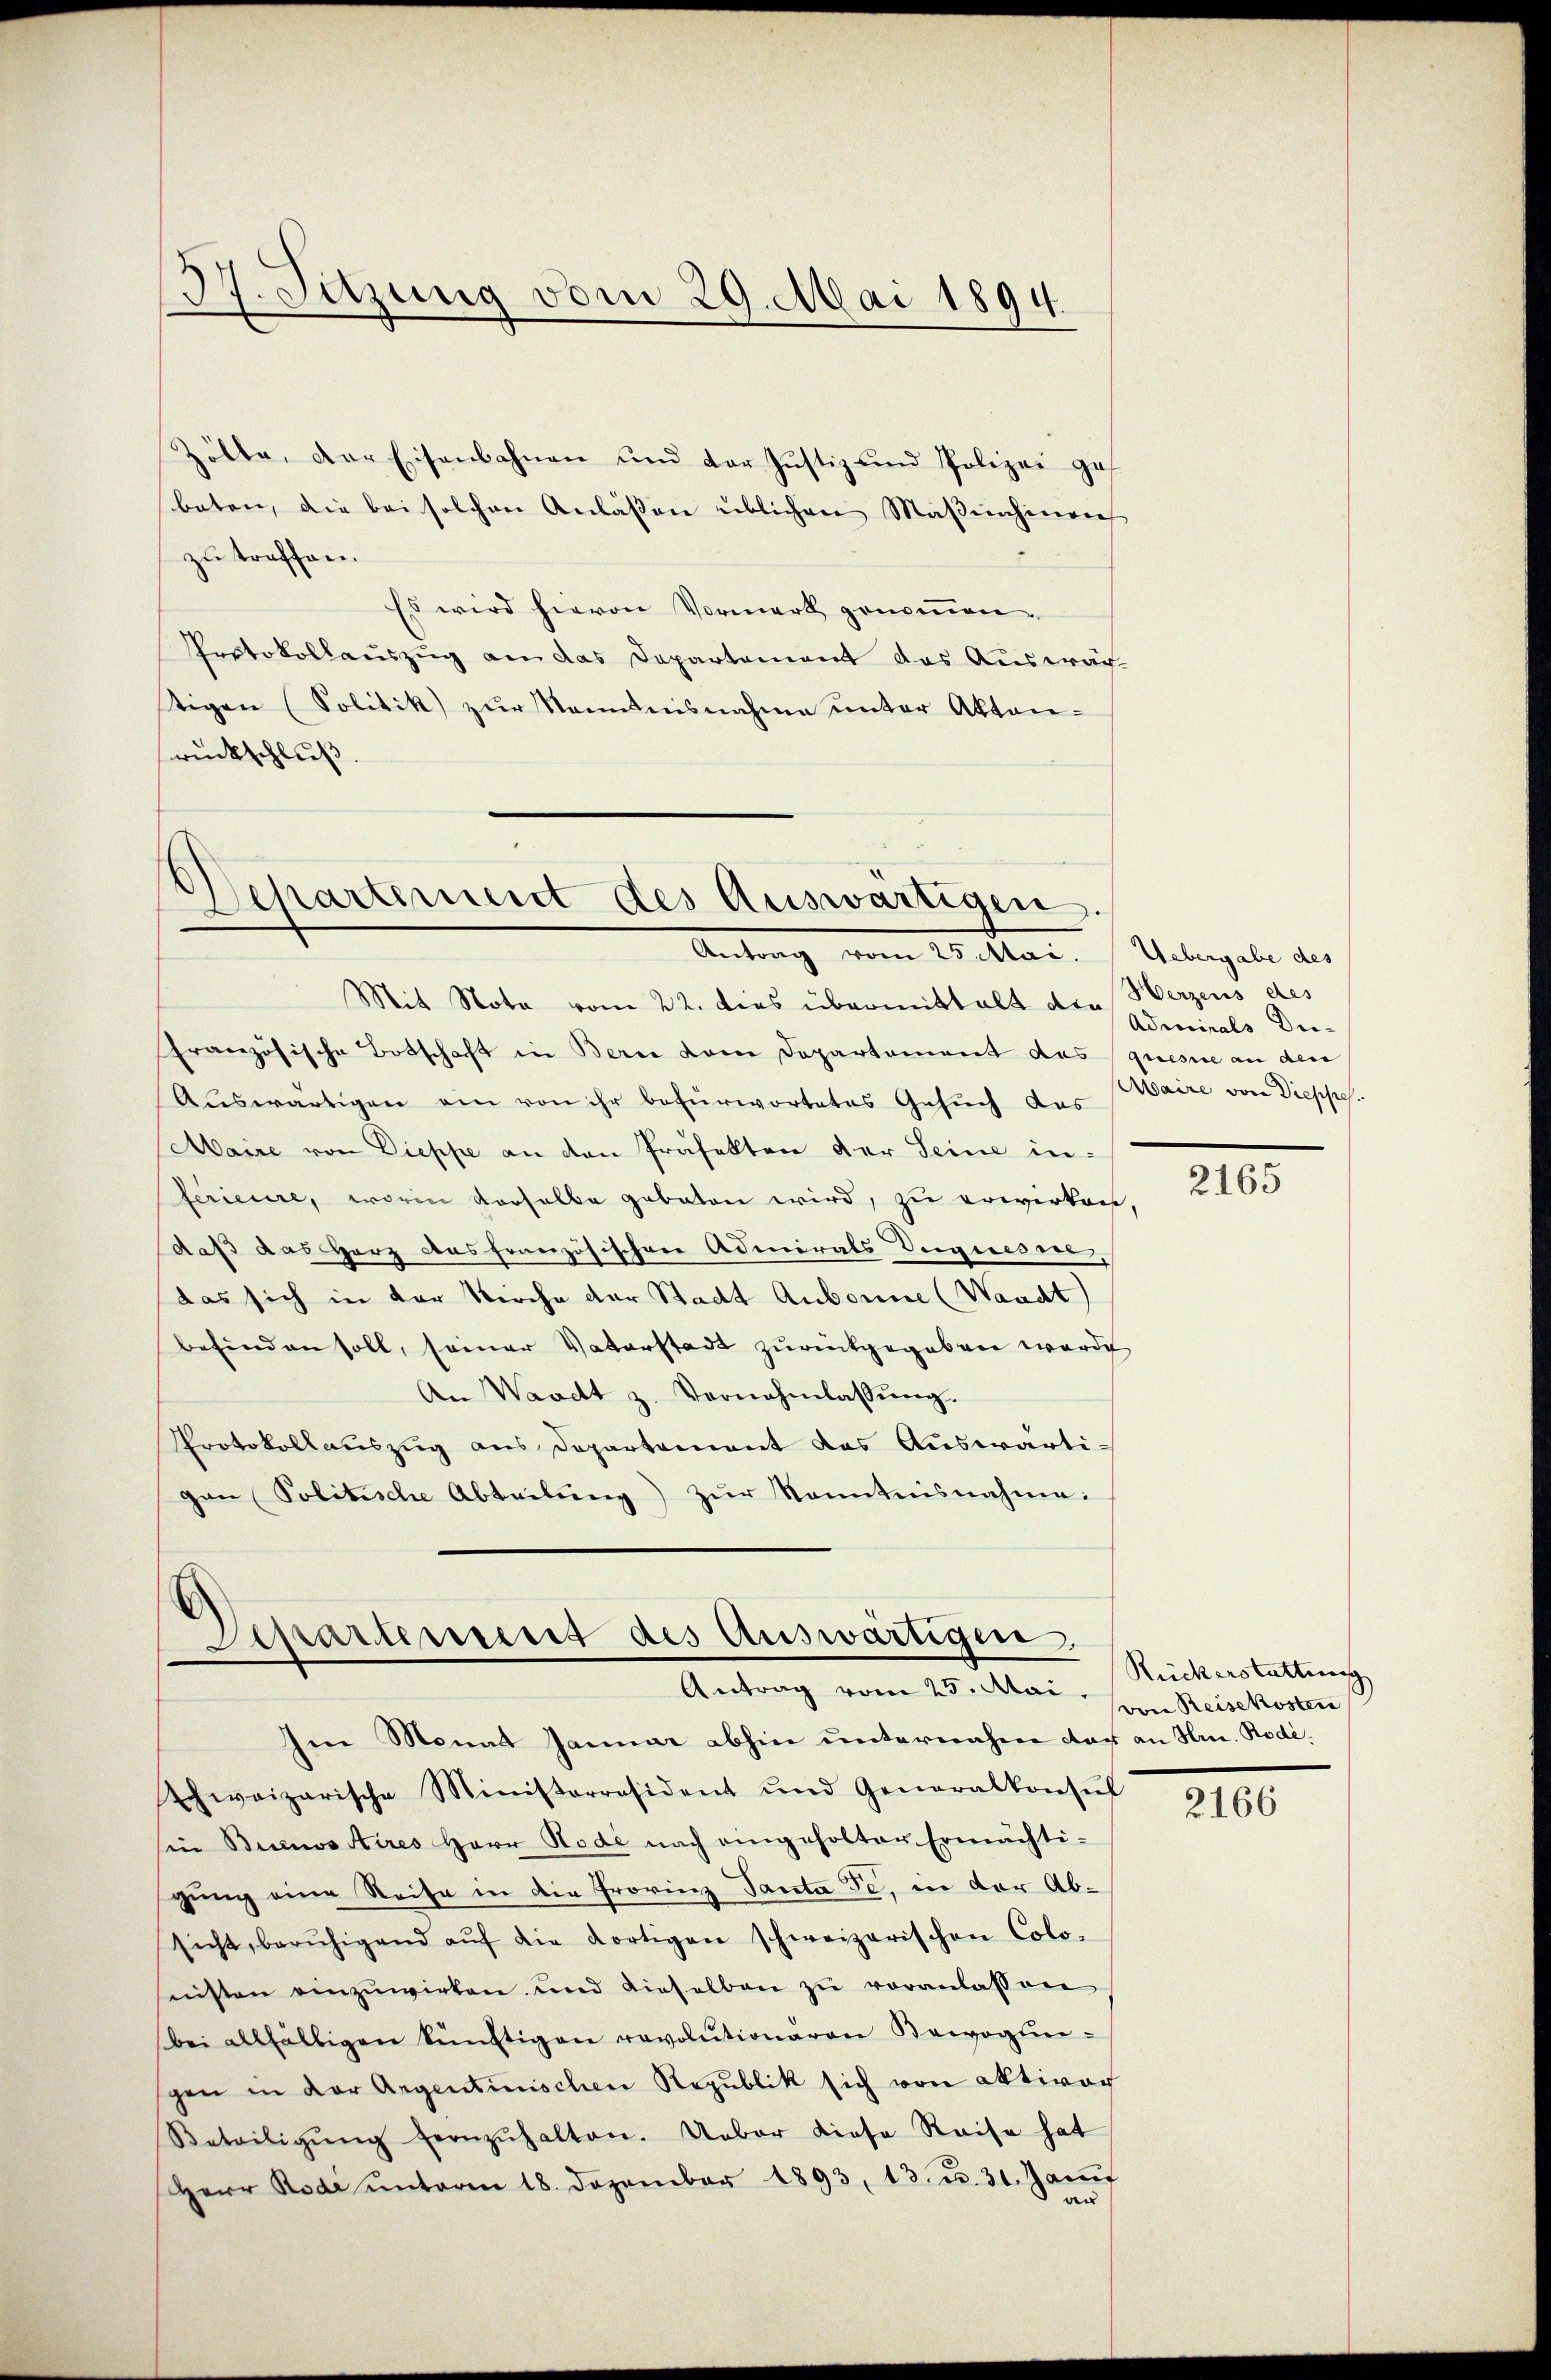
37. Sitzung vom 29. Mai 1894.

Zölle, der Eisenbahnen und der Justiz und Polizei ges
beten, die bei solchen Anlassen üblichen Maβenhinen
zu treffen.
Es wird hievon Vormerk genommen
Protokollauszug an das Departement das Auswäch-
tigen (Politik zŭr Kenntnisnahme unter Akten-
rückschluß.

Departement des Auswärtigen.
Antrag vom 12. Mar.  Uebergabe des

E
Spartement des Auswärtigen,
Antrag vom 25. Mai,

Im Monat Januar abhin unternahme das an Hr. Rode.
schweizerische Ministerresident und Generalkonsŭl
sin Buenos Aires Herr Rode nach eingeholter Ermächti-
gung eine Reise in die Provinz Tanta Te, in der Absicht, berŭhigend aŭf die dortigen schweizerischen Colo-
seisten einzuwirken und dieselben zu veranlassen
bei allfältigen künftigen revolutionären Bewegliegen in der Argentinischen Republik sich von Aktivag
Beteiligŭng fernzŭhalten. Ueber diese Reise hat
Herr Rodi ŭnterm 18. Dezember 1893, 13. u. 31. Jani

Mit Nota vom 22. dies übermittalt die
französische Botschaft in Bern dem Departement das quesne an den
Auswärtigen ein von ihr befürwortetes Gesuch das
Maire von Dieppe an den Präfekten der Seine in-
ferieure, worin verselbe geboten wird, zu erwirken,
daß das Herz das französischen Admirals Deguesie,
Das sich in der Kirche der Stadt Aubonne (Waadt)
befinden soll, seiner Vaterstadt zurückgegeben werde
An Waadt z. Vernehmlassŭng.
Protokollauszug aus Departement das Auswärtipan Politische Abteilung) zur Kenntnisnahme:

Herzens des
Admirals Die¬
Maire von Diepses.

2165

Ruckerstattung
von Reisekosten

2166